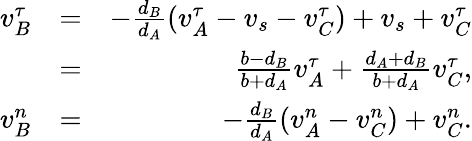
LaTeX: \begin{array}{rlr}{v_{B}^{\tau}}&{=}&{-\frac{d_{B}}{d_{A}}(v_{A}^{\tau}-v_{s}-v_{C}^{\tau})+v_{s}+v_{C}^{\tau}}\\ &{=}&{\frac{b-d_{B}}{b+d_{A}}v_{A}^{\tau}+\frac{d_{A}+d_{B}}{b+d_{A}}v_{C}^{\tau},}\\ {v_{B}^{n}}&{=}&{-\frac{d_{B}}{d_{A}}(v_{A}^{n}-v_{C}^{n})+v_{C}^{n}.}\end{array}